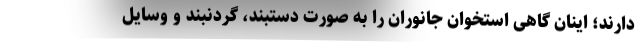
دارند؛ اینان گاهی استخوان جانوران را به صورت دستبند، گردنبند و وسایل